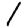
Digit: 1